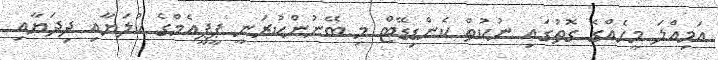
އަމިއްލަ މީހެއްގެ ގޮތުގައި ނުކުތް ކެންޑިޑޭޓް މި ބޭނުންކުރަނީ ޕީޕީއެމްގެ ކުލަޔާއި ދިދަޔާއި